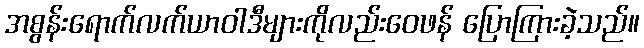
အစွန်းရောက်လက်ယာဝါဒီများကိုလည်းဝေဖန် ပြောကြားခဲ့သည်။